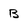
Character: B